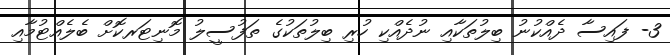
3- ފައިސާ ދެއްކުނު ބިލުތަކާއި ނުދެއްކި ހުރި ބިލުތަކުގެ ތަފުސީލު މޮނިޓަރކޮށް ބެލެއްޓުމާއި